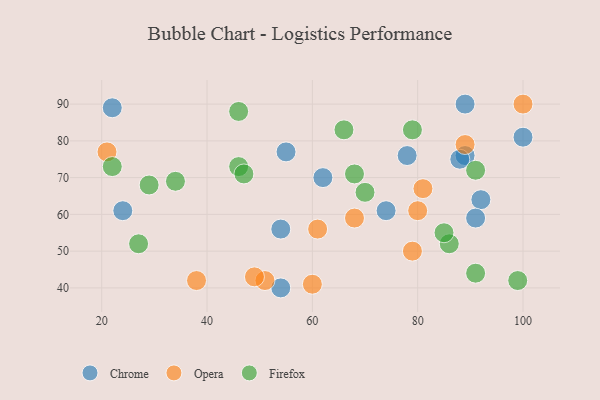
{"axis": {"x": "GDP", "y": "Life Expectancy"}, "legend": ["Chrome", "Firefox", "Opera"], "data": [{"x": "100", "y": 81, "type": "Chrome"}, {"x": "89", "y": 76, "type": "Chrome"}, {"x": "92", "y": 64, "type": "Chrome"}, {"x": "89", "y": 90, "type": "Chrome"}, {"x": "22", "y": 89, "type": "Chrome"}, {"x": "78", "y": 76, "type": "Chrome"}, {"x": "54", "y": 40, "type": "Chrome"}, {"x": "62", "y": 70, "type": "Chrome"}, {"x": "54", "y": 56, "type": "Chrome"}, {"x": "74", "y": 61, "type": "Chrome"}, {"x": "91", "y": 59, "type": "Chrome"}, {"x": "24", "y": 61, "type": "Chrome"}, {"x": "55", "y": 77, "type": "Chrome"}, {"x": "88", "y": 75, "type": "Chrome"}, {"x": "38", "y": 42, "type": "Opera"}, {"x": "51", "y": 42, "type": "Opera"}, {"x": "80", "y": 61, "type": "Opera"}, {"x": "89", "y": 79, "type": "Opera"}, {"x": "49", "y": 43, "type": "Opera"}, {"x": "21", "y": 77, "type": "Opera"}, {"x": "81", "y": 67, "type": "Opera"}, {"x": "68", "y": 59, "type": "Opera"}, {"x": "79", "y": 50, "type": "Opera"}, {"x": "60", "y": 41, "type": "Opera"}, {"x": "100", "y": 90, "type": "Opera"}, {"x": "61", "y": 56, "type": "Opera"}, {"x": "91", "y": 44, "type": "Firefox"}, {"x": "66", "y": 83, "type": "Firefox"}, {"x": "46", "y": 73, "type": "Firefox"}, {"x": "91", "y": 72, "type": "Firefox"}, {"x": "86", "y": 52, "type": "Firefox"}, {"x": "99", "y": 42, "type": "Firefox"}, {"x": "46", "y": 88, "type": "Firefox"}, {"x": "34", "y": 69, "type": "Firefox"}, {"x": "27", "y": 52, "type": "Firefox"}, {"x": "70", "y": 66, "type": "Firefox"}, {"x": "29", "y": 68, "type": "Firefox"}, {"x": "47", "y": 71, "type": "Firefox"}, {"x": "79", "y": 83, "type": "Firefox"}, {"x": "22", "y": 73, "type": "Firefox"}, {"x": "85", "y": 55, "type": "Firefox"}, {"x": "68", "y": 71, "type": "Firefox"}]}